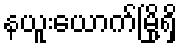
နယူးယောက်မြို့ရှိ